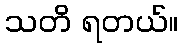
သတိ ရတယ်။